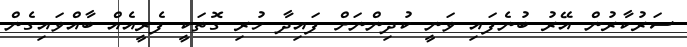
ސަރުކާރުން އޭރު ބުނެފައި ވަނީ ކުދިންނަށް ފައިދާ ހުރި ގޮތަކީ ފެރީއެއް ބާއްވައިގެން